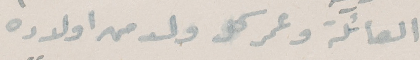
العائلة وعمر كل ولد من اولاده